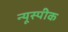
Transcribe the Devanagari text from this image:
न्यूस्पीक